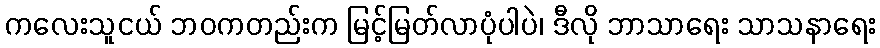
ကလေးသူငယ် ဘဝကတည်းက မြင့်မြတ်လာပုံပါပဲ၊ ဒီလို ဘာသာရေး သာသနာရေး